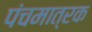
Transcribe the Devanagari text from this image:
पंचमात्रक